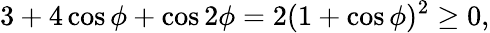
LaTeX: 3+4\cos\phi+\cos 2\phi=2(1+\cos\phi)^{2}\geq 0,